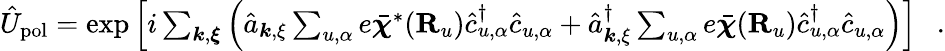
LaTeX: \begin{array}{r}{\hat{U}_{\mathrm{pol}}=\exp\Big[i\sum_{{\boldsymbol k},{\boldsymbol\xi}}\Big(\hat{a}_{{\boldsymbol k},{\mathbf\xi}}\sum_{u,\alpha}e\bar{\boldsymbol\chi}^{*}({\mathbf R}_{u})\hat{c}_{u,\alpha}^{\dagger}\hat{c}_{u,\alpha}+\hat{a}_{{\boldsymbol k},{\mathbf\xi}}^{\dagger}\sum_{u,\alpha}e\bar{\boldsymbol\chi}({\mathbf R}_{u})\hat{c}_{u,\alpha}^{\dagger}\hat{c}_{u,\alpha}\Big)\Big]~~~.}\end{array}